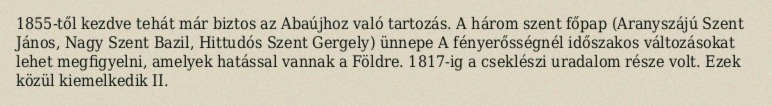
1855-től kezdve tehát már biztos az Abaújhoz való tartozás. A három szent főpap (Aranyszájú Szent János, Nagy Szent Bazil, Hittudós Szent Gergely) ünnepe A fényerősségnél időszakos változásokat lehet megfigyelni, amelyek hatással vannak a Földre. 1817-ig a cseklészi uradalom része volt. Ezek közül kiemelkedik II.